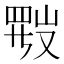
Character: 𱜂